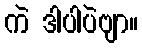
ကဲ ဒါပါပဲဗျာ။